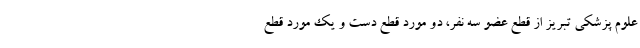
علوم پزشکی تبریز از قطع عضو سه نفر، دو مورد قطع دست و یک مورد قطع